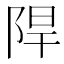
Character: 𮥈